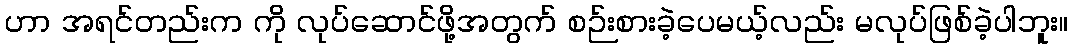
ဟာ အရင်တည်းက ကို လုပ်ဆောင်ဖို့အတွက် စဉ်းစားခဲ့ပေမယ့်လည်း မလုပ်ဖြစ်ခဲ့ပါဘူး။